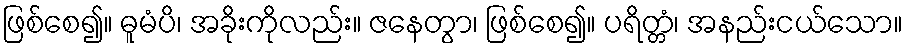
ဖြစ်စေ၍။ ဓူမံပိ၊ အခိုးကိုလည်း။ ဇနေတွာ၊ ဖြစ်စေ၍။ ပရိတ္တံ၊ အနည်းငယ်သော။